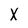
Character: X